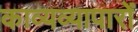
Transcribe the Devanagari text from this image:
काव्यव्यापारों